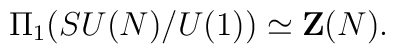
\Pi_1(SU(N)/U(1)) \simeq {\bf Z}(N).